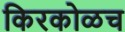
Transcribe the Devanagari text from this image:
किरकोळच